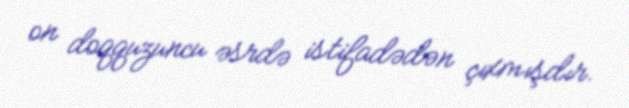
on doqquzuncu əsrdə istifadədən çıxmışdır.